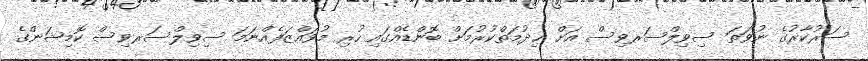
ސަރުކާރުގެ ނުވަތަ ސިވިލްސަރވިސް އަށް ޚިދުމަތްކުރުމަށް ބޮންޑެއްގައި ހުރި މުވައްޒަފެއްނަމަ ސިވިލްސަރވިސް ކޮމިޝަންގެ